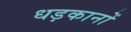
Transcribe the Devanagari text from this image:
धड़कानों